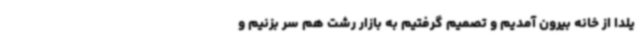
یلدا از خانه بیرون آمدیم و تصمیم گرفتیم به بازار رشت هم سر بزنیم و